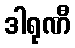
ဒါရုဏီ